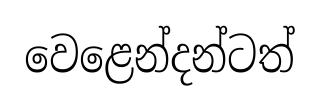
වෙළෙන්දන්ටත්